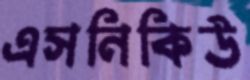
এসনিকিউ